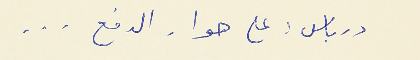
درباس : على هواء الدفع . . .